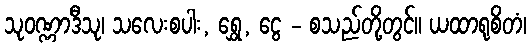
သုဝဏ္ဏာဒီသု၊ သလေးစပါး, ရွှေ, ငွေ - စသည်တို့တွင်။ ယထာရုစိတံ၊